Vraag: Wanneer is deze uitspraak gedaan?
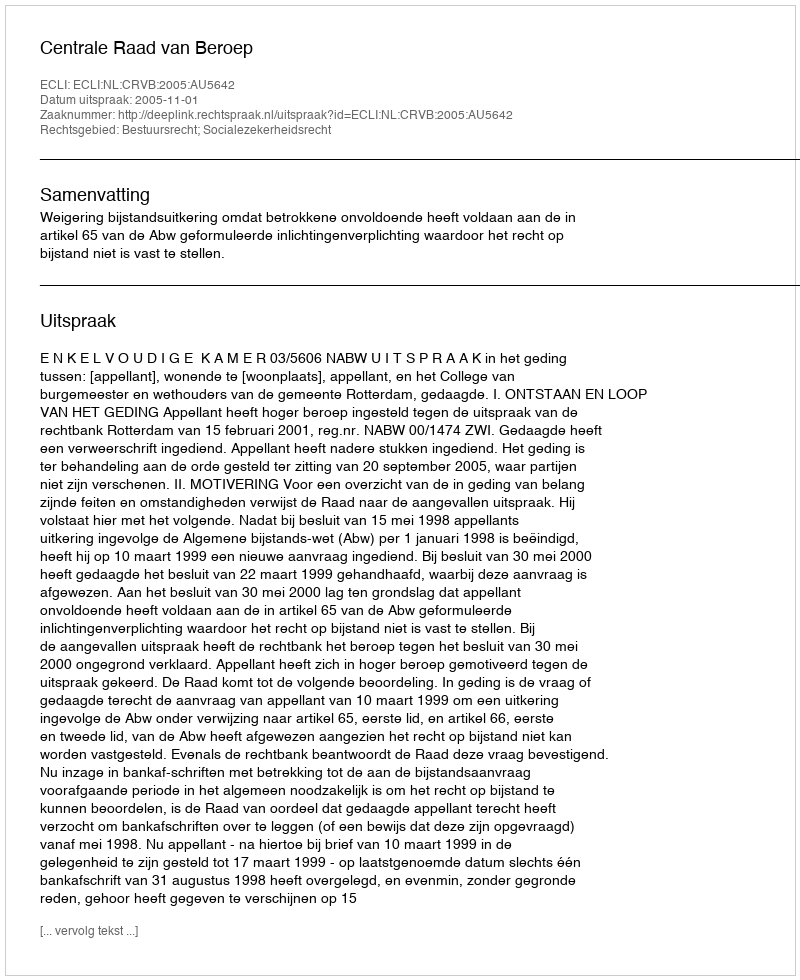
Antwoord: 2005-11-01